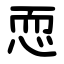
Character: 恧